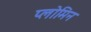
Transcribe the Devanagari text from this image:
प्लोमिन